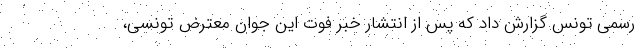
رسمی تونس گزارش داد که پس از انتشار خبر فوت این جوان معترض تونسی،